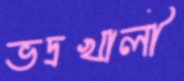
ভদ্রখালী